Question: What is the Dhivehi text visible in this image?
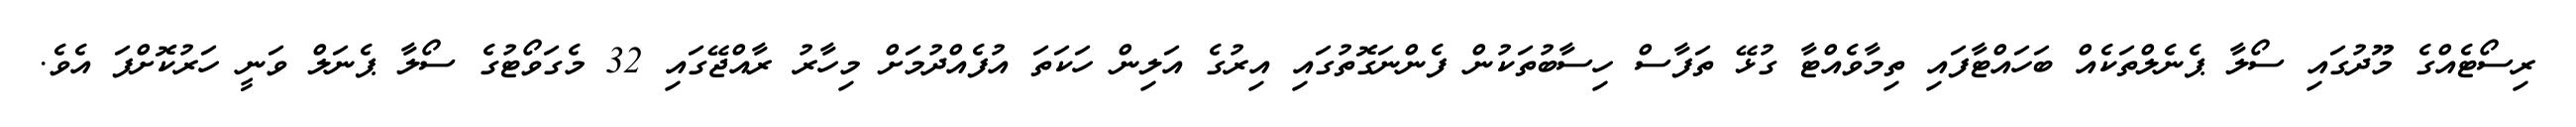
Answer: ރިސޯޓެއްގެ މޫދުގައި ސޯލާ ޕެނެލްތަކެއް ބަހައްޓާފައި ތިމާވެއްޓާ ގުޅޭ ތަފާސް ހިސާބުތަކުން ފެންނަގޮތުގައި އިރުގެ އަލިން ހަކަތަ އުފެއްދުމަށް މިހާރު ރާއްޖޭގައި 32 މެގަވޯޓުގެ ސޯލާ ޕެނަލް ވަނީ ހަރުކޮށްފަ އެވެ.